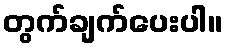
တွက်ချက်ပေးပါ။